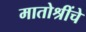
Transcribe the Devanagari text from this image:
मातोश्रींचे